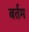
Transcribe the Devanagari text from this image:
बर्तम